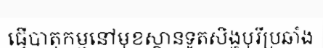
ធ្វើបាតុកម្មនៅមុខស្ថានទូតសិង្ហបុរីប្រឆាំង